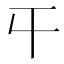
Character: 𡕒